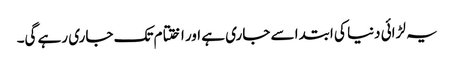
یہ لڑائی دنیا کی ابتدا سے جاری ہے اور اختتام تک جاری رہے گی۔